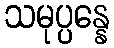
သမုပ္ပန္နေ